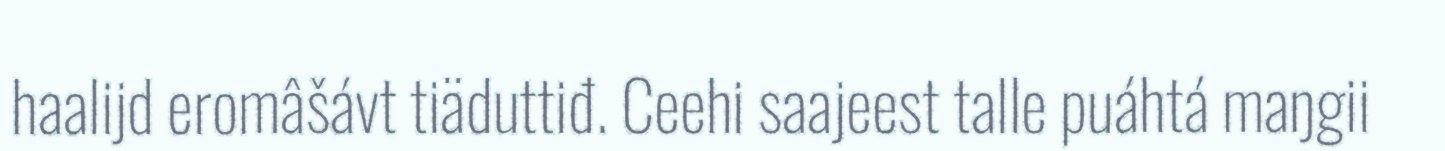
haalijd eromâšávt tiäduttiđ. Ceehi saajeest talle puáhtá maŋgii